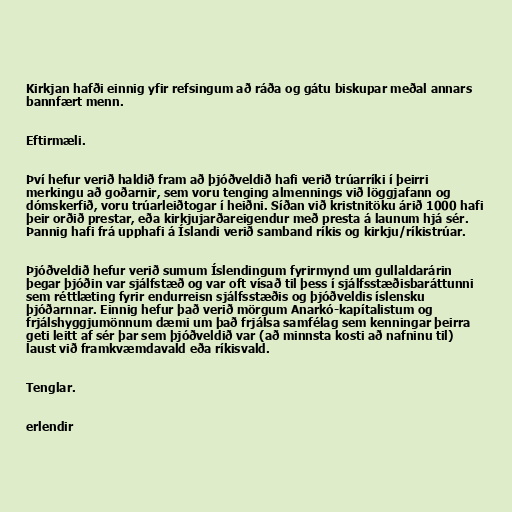
Kirkjan hafði einnig yfir refsingum að ráða og gátu biskupar meðal annars
bannfært menn.

Eftirmæli.

Því hefur verið haldið fram að þjóðveldið hafi verið trúarríki í þeirri
merkingu að goðarnir, sem voru tenging almennings við löggjafann og
dómskerfið, voru trúarleiðtogar í heiðni. Síðan við kristnitöku árið 1000 hafi
þeir orðið prestar, eða kirkjujarðareigendur með presta á launum hjá sér.
Þannig hafi frá upphafi á Íslandi verið samband ríkis og kirkju/ríkistrúar.

Þjóðveldið hefur verið sumum Íslendingum fyrirmynd um gullaldarárin
þegar þjóðin var sjálfstæð og var oft vísað til þess í sjálfsstæðisbaráttunni
sem réttlæting fyrir endurreisn sjálfsstæðis og þjóðveldis íslensku
þjóðarnnar. Einnig hefur það verið mörgum Anarkó-kapítalistum og
frjálshyggjumönnum dæmi um það frjálsa samfélag sem kenningar þeirra
geti leitt af sér þar sem þjóðveldið var (að minnsta kosti að nafninu til)
laust við framkvæmdavald eða ríkisvald.

Tenglar.

erlendir